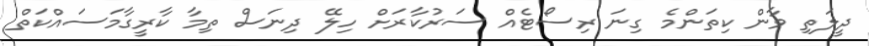
ދީލަތި ވާން ކިތަންމެ ގިނަ ރިސޯޓެއް ސަރުކާރަށް ހިލޭ ދިނަސް ތިމާ ކާރީގާމަސައްކަތް